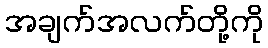
အချက်အလက်တို့ကို